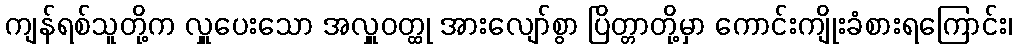
ကျန်ရစ်သူတို့က လှူပေးသော အလှူဝတ္ထု အားလျော်စွာ ပြိတ္တာတို့မှာ ကောင်းကျိုးခံစားရကြောင်း၊